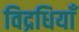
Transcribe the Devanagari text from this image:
विद्रधियाँ